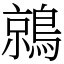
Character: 鶁